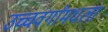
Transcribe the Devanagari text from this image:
उच्चवर्गांमधला